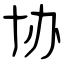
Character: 协